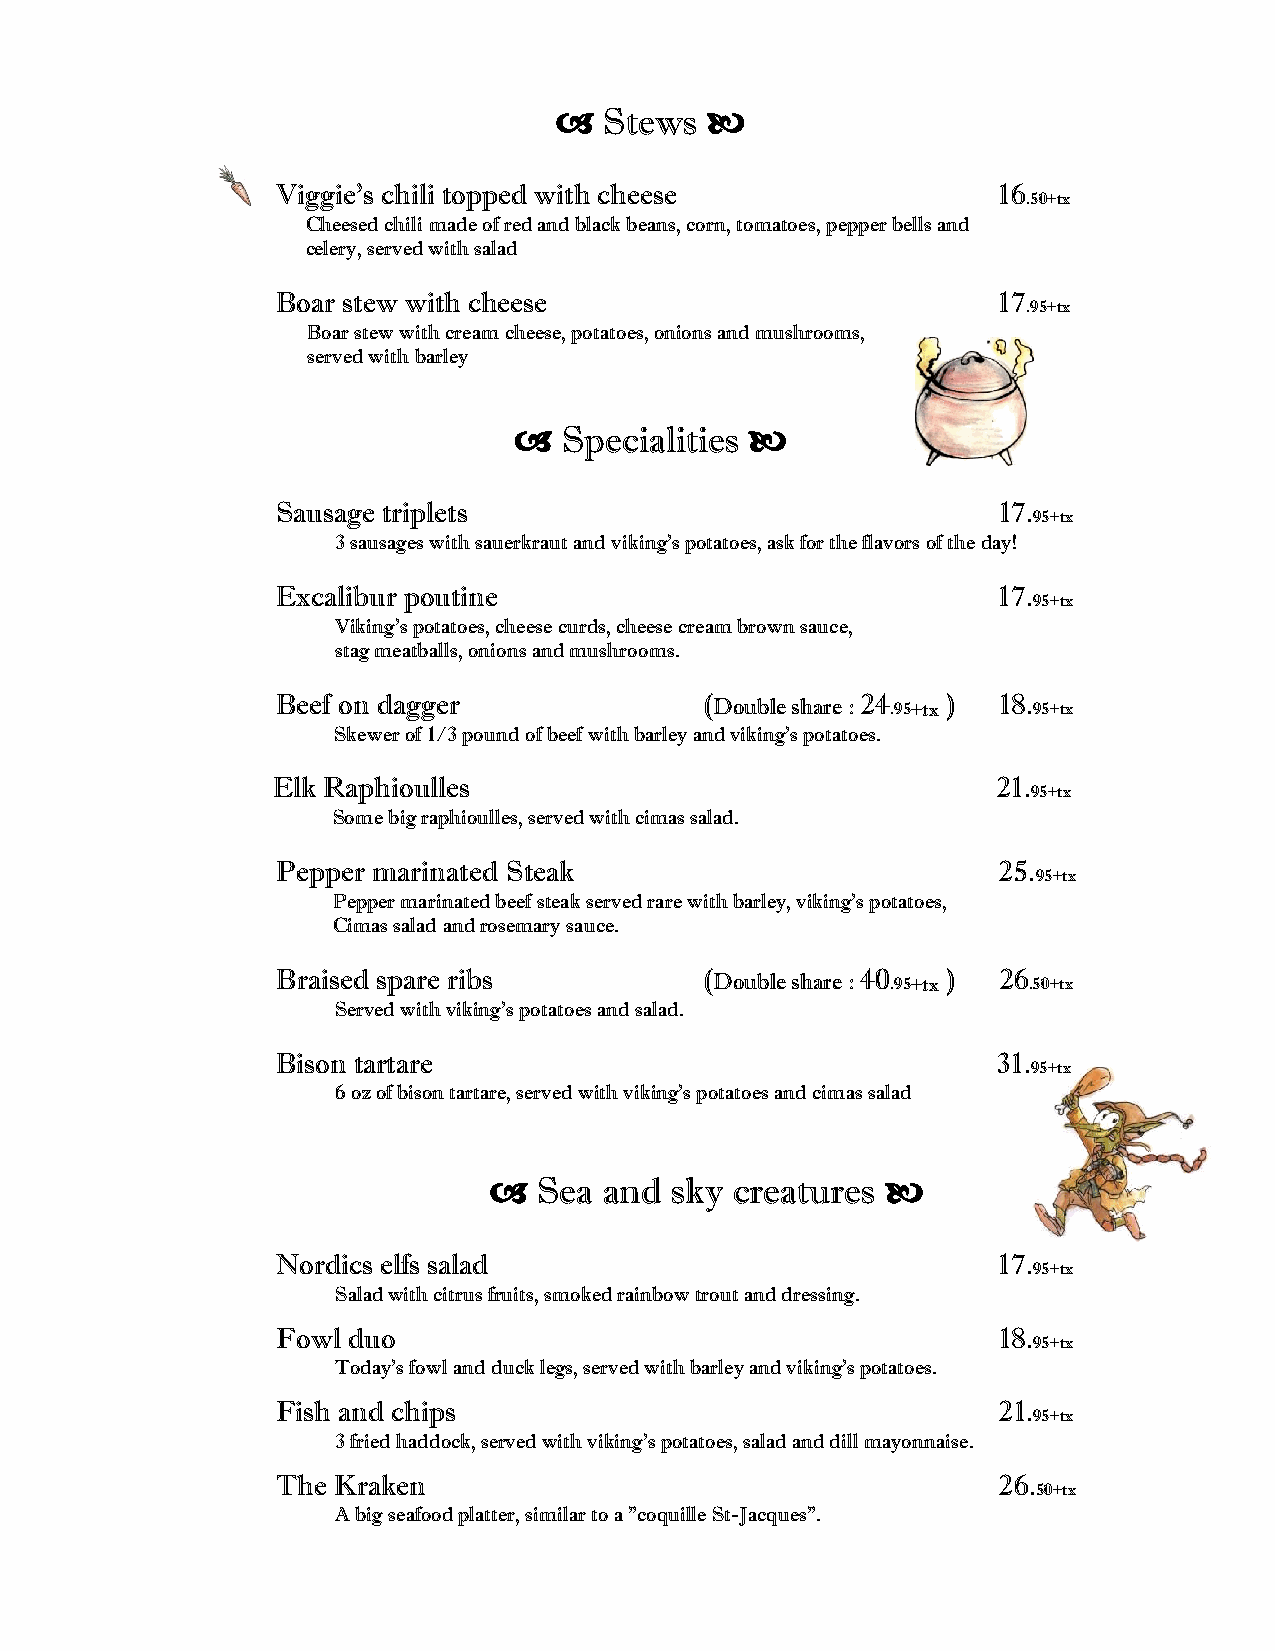

   Stews  
 Viggie's chili topped with cheese               16
 .50+tx
 Cheesed chili made of red and black beans, corn, tomatoes, pepper bells and
 celery, served with salad
 Boar stew with cheese                           17
 .95+tx
 Boar stew with cream cheese, potatoes, onions and mushrooms,
 served with barley
   Specialities 
 Sausage triplets                                17.
 95+tx
 3 sausages with sauerkraut and viking's potatoes, ask for the flavors of the day!
 Excalibur poutine                               17.
 95+tx
 Viking’s potatoes, cheese curds, cheese cream brown sauce,
 stag meatballs, onions and mushrooms.
 Beef on dagger               (Double share : 24 .95+tx ) 18. 95+tx
 Skewer of 1/3 pound of beef with barley and viking’s potatoes.
 Elk Raphioulles                                 21.
 95+tx
 Some big raphioulles, served with cimas salad.
 Pepper marinated Steak                          25.
 95+tx
 Pepper marinated beef steak served rare with barley, viking's potatoes,
 Cimas salad and rosemary sauce.
 Braised spare ribs           (Double share : 40 .95+tx ) 26 .50+tx
 Served with viking's potatoes and salad.
 Bison tartare                                   31.
 95+tx
 6 oz of bison tartare, served with viking’s potatoes and cimas salad
    Sea and sky  creatures 
 Nordics elfs salad                              17.
 95+tx
 Salad with citrus fruits, smoked rainbow trout and dressing.
 Fowl duo                                        18.
 95+tx
 Today’s fowl and duck legs, served with barley and viking's potatoes.
 Fish and chips                                  21.
 95+tx
 3 fried haddock, served with viking's potatoes, salad and dill mayonnaise.
 The Kraken                                      26.
 50+tx
 A big seafood platter, similar to a "coquille St-Jacques".